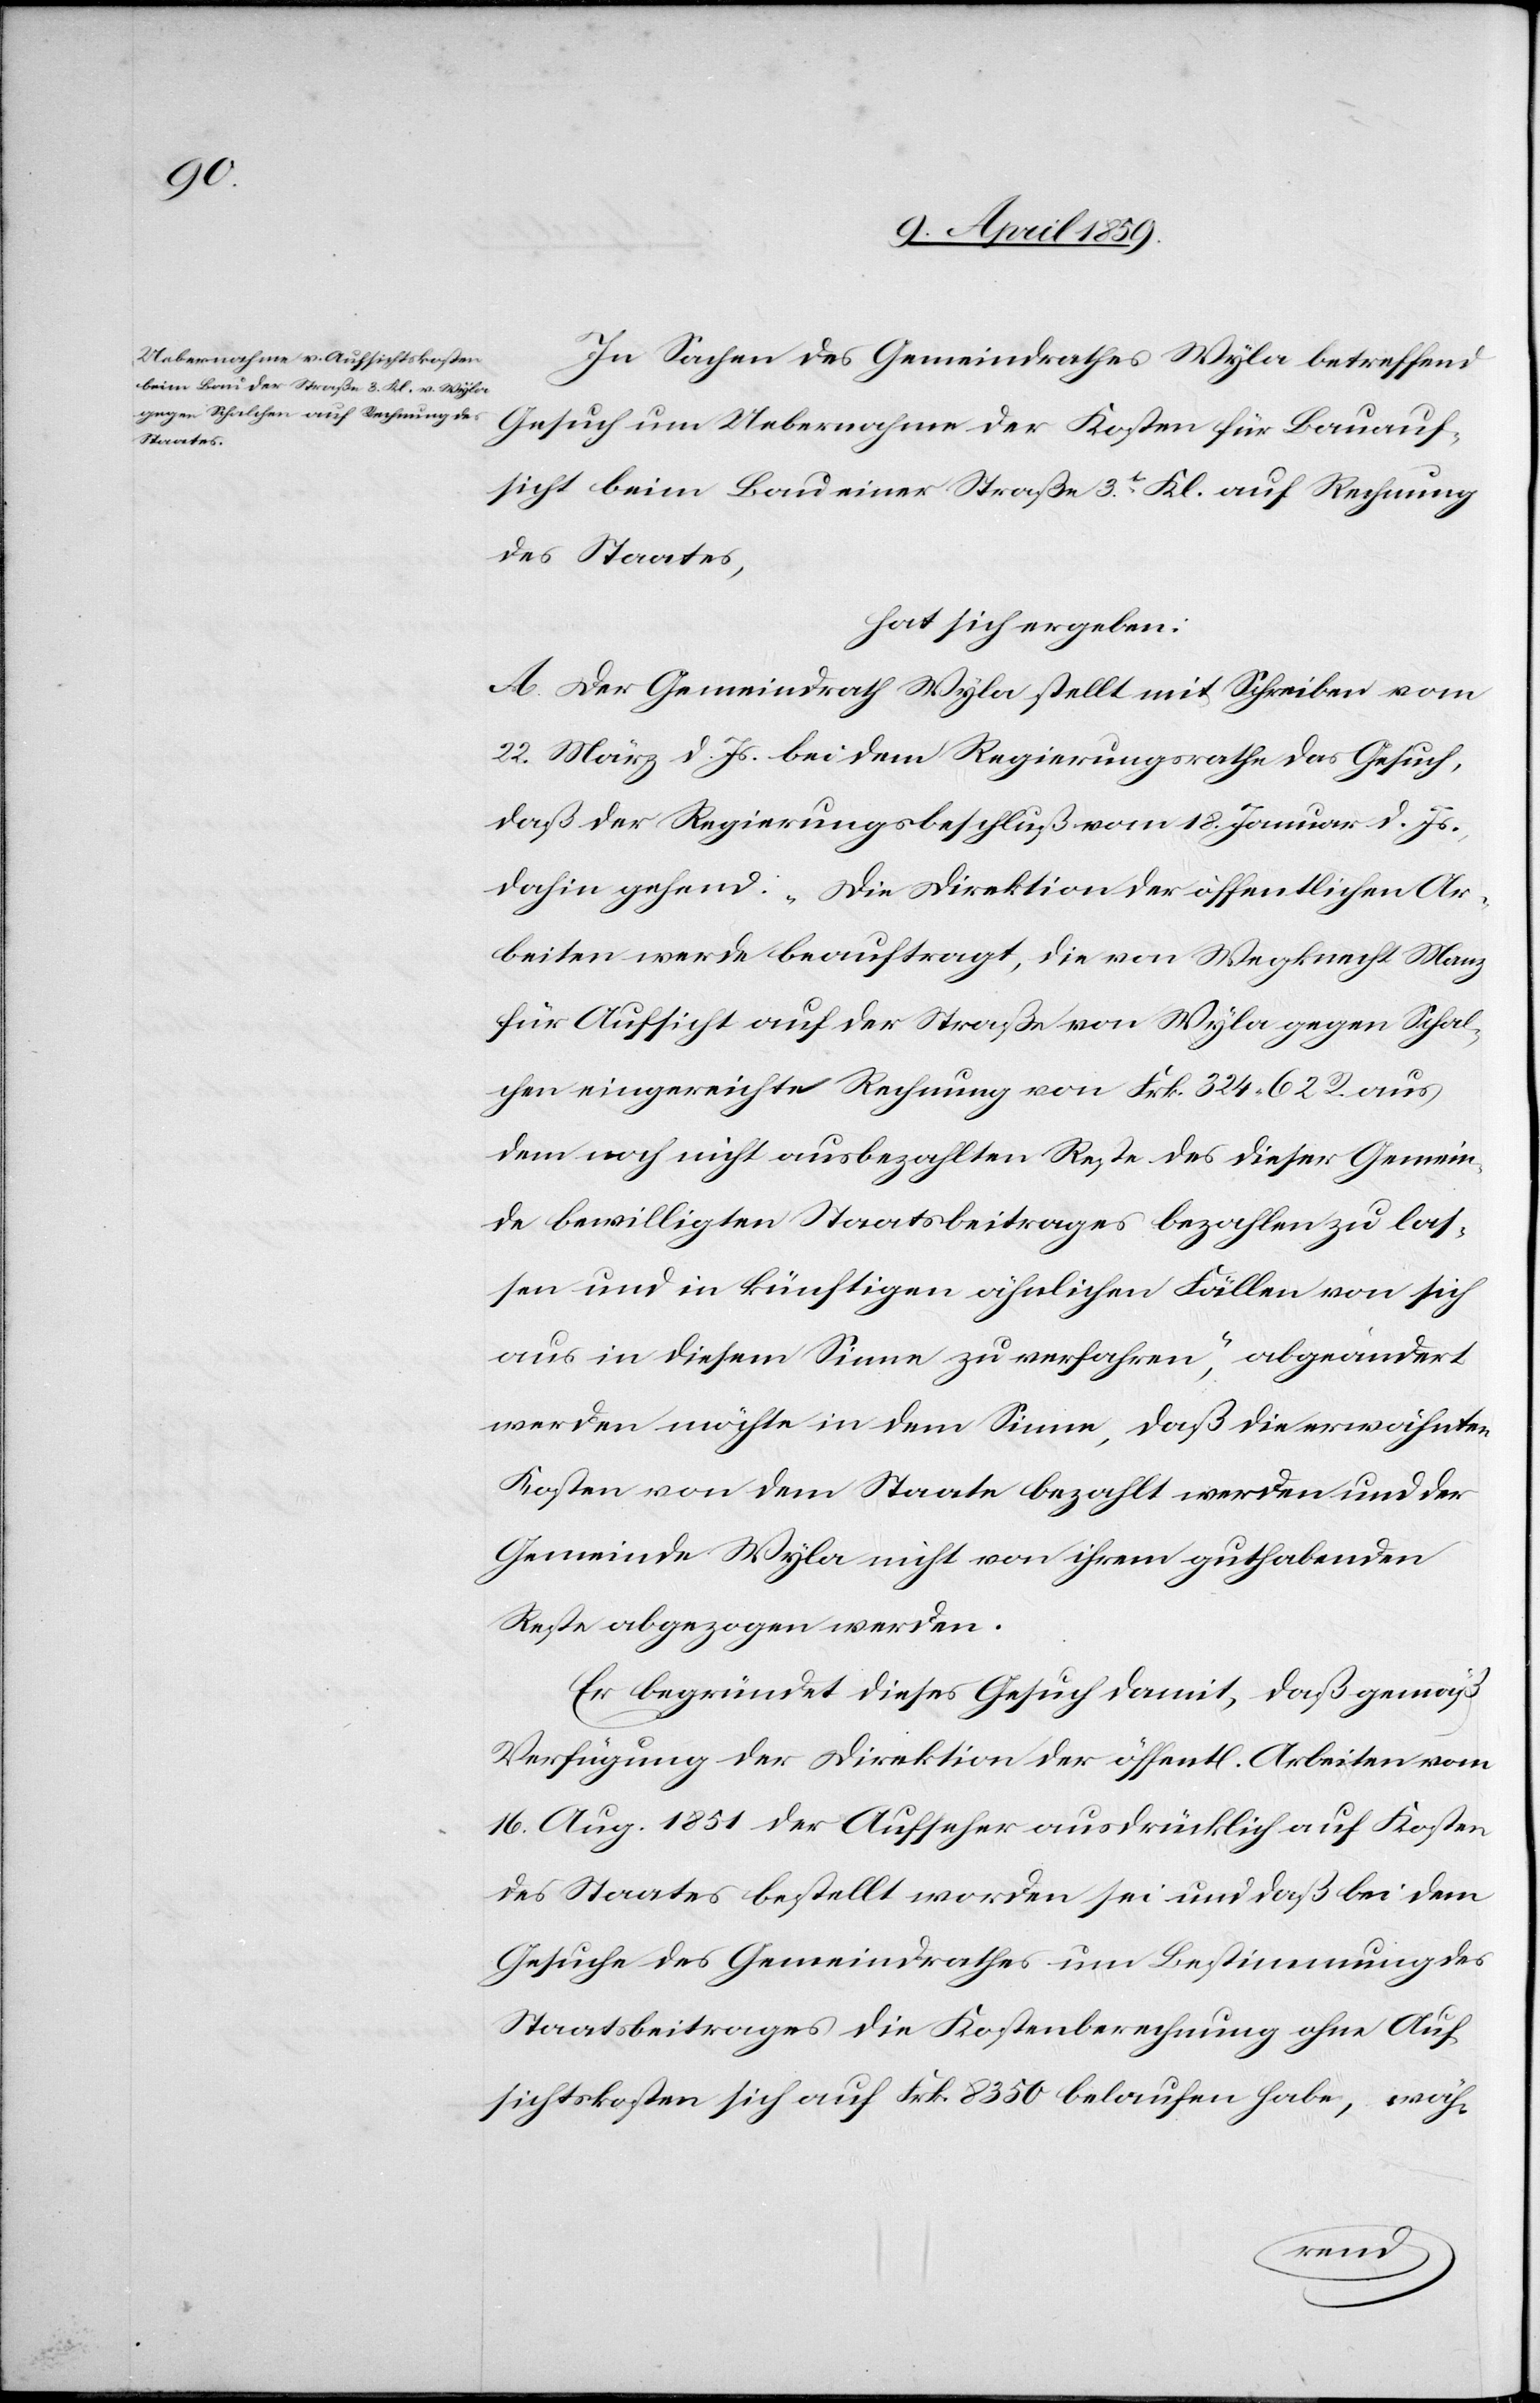
In Sachen des Gemeindrathes Wyla betreffend
Gesuch um Uebernahme der Kosten für Bauauf¬
sicht beim Bau einer Straße 3t. Kl. auf Rechnung
des Staates,
hat sich ergeben:
A. Der Gemeindrath Wyla stellt mit Schreiben vom
22. März d. Js. bei dem Regierungsrathe das Gesuch,
daß der Regierungsbeschluß vom 18. Januar d. Js.,
dahin gehend: „Die Direktion der öffentlichen Ar¬
beiten werde beauftragt, die von Wegknecht Manz
für Aufsicht auf der Straße von Wyla gegen Schal¬
chen eingereichte Rechnung von Frk. 324 62 R. aus
dem noch nicht ausbezahlten Reste des dieser Gemein¬
de bewilligten Staatsbeitrages bezahlen zu las¬
sen und in künftigen ähnlichen Fällen von sich
aus in diesem Sinne zu verfahren“, abgeändert
werden möchte in dem Sinne, daß die erwähnten
Kosten von dem Staate bezahlt werden und der
Gemeinde Wyla nicht von ihrem guthabenden
Reste abgezogen werden.
Er begründet dieses Gesuch damit, daß gemäß
Verfügung der Direktion der öffentlichen Arbeiten vom
16. Aug. 1851 der Aufseher ausdrücklich auf Kosten
des Staates bestellt worden sei und daß bei dem
Gesuche des Gemeindrathes um Bestimmung des
Staatsbeitrages die Kostenberechnung ohne Auf¬
sichtskosten sich auf Frk. 8350 belaufen habe, wäh-